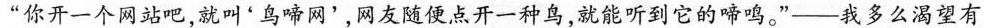
”你开一个网站吧，就叫'鸟啼网'，网友随便点开一种鸟，就能听到它的啼鸣。”——我多么渴望有